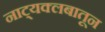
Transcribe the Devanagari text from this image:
नाट्यक्लबातून